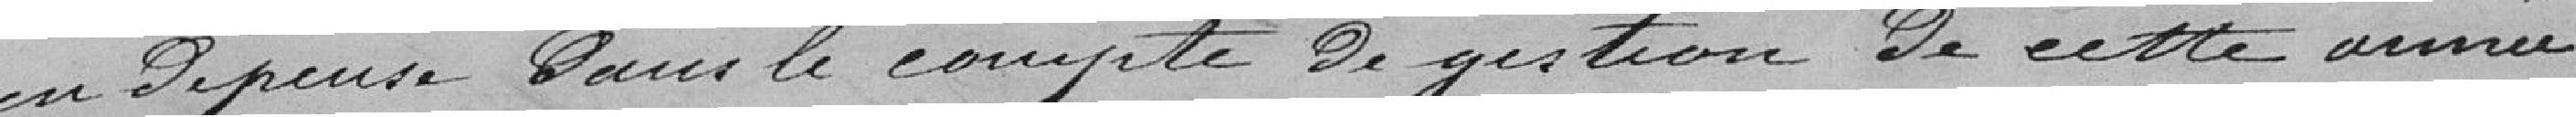
en dépense dans le comte de gestion de cette année